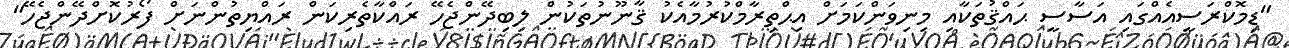
"ޑިމޮކްރަސީއެއްގައި އަސާސީ ޙައްޤުތަކާއި މިނިވަންކަމަށް އިޙްތިރާމްކުރުމާއެކު ޤާނޫނުތަކުން ލިބިދޭންޖެހޭ ރައްކާތެރިކަން ރައްޔިތުންނަށް ފޯރުކޮށްދޭންޖެހޭ"